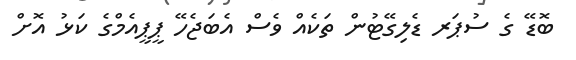
ބޮޑޭ ގެ ސުޕަރ ޑެލިގޭޓުން ތަކެއް ވެސް އެބަޖެހޭ ޕީޕީއެމްގެ ކަޅު އޮށް